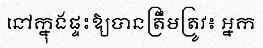
នៅក្នុងផ្ទះឱ្យបានត្រឹមត្រូវ៖ អ្នក